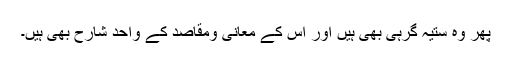
پھر وہ ستیہ گرہی بھی ہیں اور اس کے معانی ومقاصد کے واحد شارح بھی ہیں۔